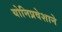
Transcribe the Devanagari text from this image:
योनिप्रवेशाने